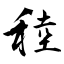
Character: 稑